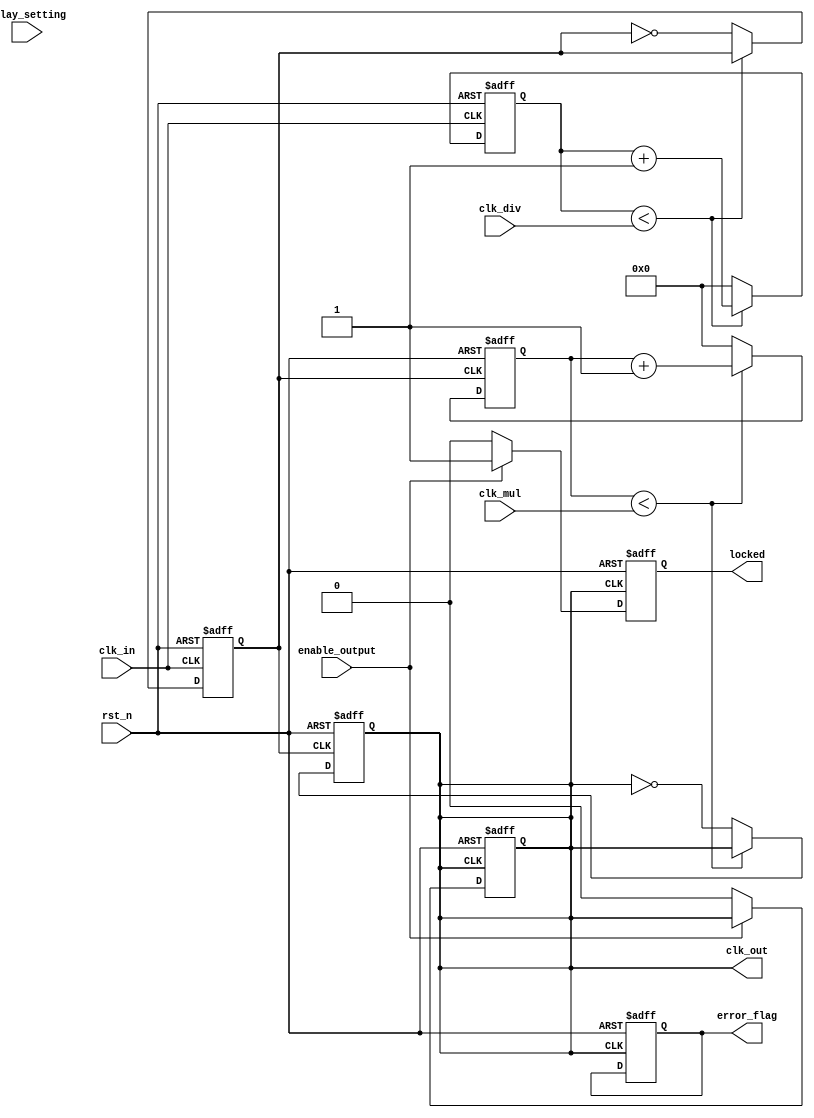
module ProgrammableClockBuffer (
    input wire clk_in,               // Primary clock input
    input wire rst_n,                // Active-low reset
    input wire [3:0] clk_div,        // Division factor for clock output
    input wire [3:0] clk_mul,        // Multiplication factor for clock output
    input wire [3:0] delay_setting,   // Delay configuration
    input wire enable_output,         // Enable signal for clock output
    output reg clk_out,              // Clock output
    output reg locked,               // Status indicator for locked signal
    output reg error_flag            // Error indication
);

    reg [3:0] divider_count;         // Counter for clock division
    reg [3:0] multiplier_count;       // Counter for clock multiplication
    reg clk_buffer;                   // Buffered clock signal
    reg [3:0] delay_counter;          // Counter for delay implementation

    // Clock Division Logic
    always @(posedge clk_in or negedge rst_n) begin
        if (!rst_n) begin
            divider_count <= 0;
            clk_buffer <= 0;
        end else begin
            if (divider_count < clk_div) begin
                divider_count <= divider_count + 1;
            end else begin
                clk_buffer <= ~clk_buffer; // Toggle the buffered clock
                divider_count <= 0;        // Reset counter
            end
        end
    end

    // Clock Multiplier Logic
    always @(posedge clk_buffer or negedge rst_n) begin
        if (!rst_n) begin
            multiplier_count <= 0;
            clk_out <= 0;
        end else begin
            if (multiplier_count < clk_mul) begin
                multiplier_count <= multiplier_count + 1;
            end else begin
                clk_out <= ~clk_out;        // Toggle the output clock
                multiplier_count <= 0;      // Reset counter
            end
        end
    end

    // Delay Implementation (simple counter for demonstration)
    always @(posedge clk_out or negedge rst_n) begin
        if (!rst_n) begin
            delay_counter <= 0;
        end else begin
            if (delay_counter < delay_setting) begin
                delay_counter <= delay_counter + 1;
            end else begin
                // Here you could implement a delayed output logic if needed
                delay_counter <= 0; // Reset counter
            end
        end
    end

    // Enable/Disable Control
    always @(posedge clk_out or negedge rst_n) begin
        if (!rst_n) begin
            clk_out <= 0;
            locked <= 0;
            error_flag <= 0;
        end else if (enable_output) begin
            // Output is enabled, set locked signal
            locked <= 1;
        end else begin
            // Output is disabled, clear the clock out
            clk_out <= 0;
            locked <= 0;
        end
    end

endmodule